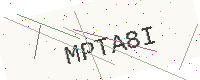
Text: MPTA8I